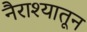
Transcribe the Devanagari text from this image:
नैराश्यातून